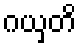
ဂယှတိ